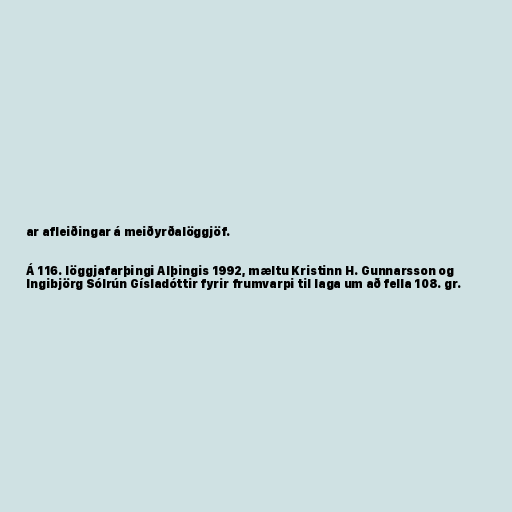
ar afleiðingar á meiðyrðalöggjöf.

Á 116. löggjafarþingi Alþingis 1992, mæltu Kristinn H. Gunnarsson og
Ingibjörg Sólrún Gísladóttir fyrir frumvarpi til laga um að fella 108. gr.